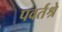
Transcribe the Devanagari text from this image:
पवर्तश्रे